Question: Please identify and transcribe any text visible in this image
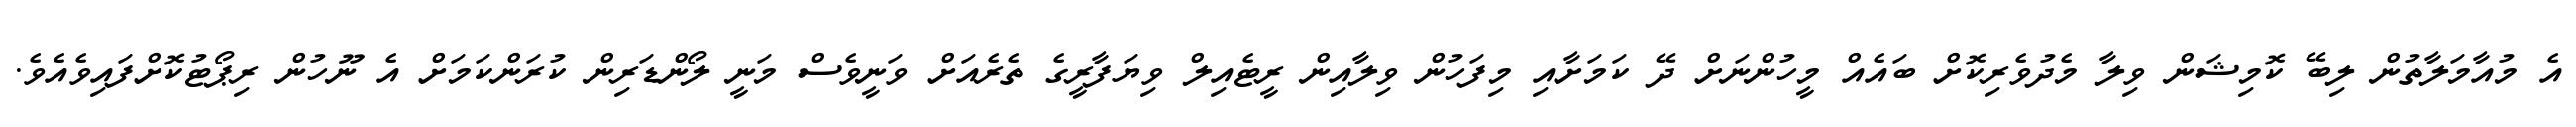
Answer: އެ މުއާމަލާތުން ލިބޭ ކޮމިޝަން ވިލާ މެދުވެރިކޮށް ބައެއް މީހުންނަށް ދޭ ކަމަށާއި މިފަހުން ވިލާއިން ރީޓެއިލް ވިޔަފާރީގެ ތެރެއަށް ވަނީވެސް މަނީ ލޯންޑަރިން ކުރަންކަމަށް އެ ނޫހުން ރިޕޯޓުކޮށްފައިވެއެވެ.